Scottish Leaving Certificate Examination, 1959
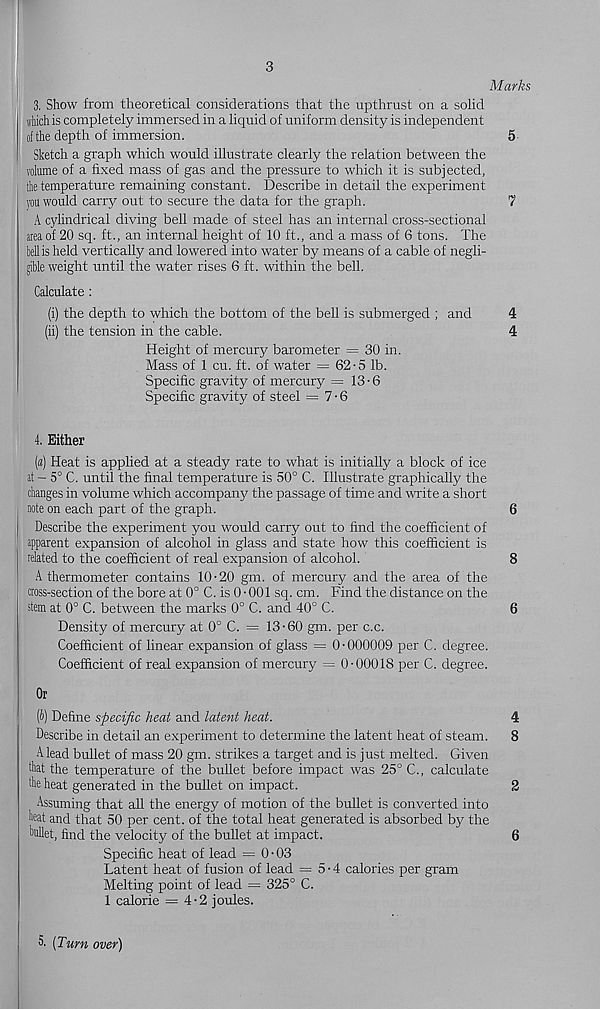
3
Marks
3. Show from theoretical considerations that the upthrust on a solid
which is completely immersed in a liquid of uniform density is independent
of the depth of immersion.
5
Sketch a graph which would illustrate clearly the relation between the
volume of a fixed mass of gas and the pressure to which it is subjected,
the temperature remaining constant. Describe in detail the experiment
you would carry out to secure the data for the graph.
7
A cylindrical diving bell made of steel has an internal cross-sectional
area of 20 sq. ft., an internal height of 10 ft., and a mass of 6 tons. The
bell is held vertically and lowered into water by means of a cable of negli-
gible weight until the water rises 6 ft. within the bell.
Calculate:
(i) the depth to which the bottom of the bell is submerged ; and
(ii) the tension in the cable.
Height of mercury barometer = 30 in.
Mass of 1 cu. ft. of water = 62-5 lb.
Specific gravity of mercury =13-6
Specific gravity of steel = 7-6
4. Either
(a) Heat is applied at a steady rate to what is initially a block of ice
at - 5° C. until the final temperature is 50° C. Illustrate graphically the
changes in volume which accompany the passage of time and write a short
note on each part of the graph.
6
Describe the experiment you would carry out to find the coefficient of
apparent expansion of alcohol in glass and state how this coefficient is
related to the coefficient of real expansion of alcohol.
8
A thermometer contains 10 • 20 gm. of mercury and the area of the
cross-section of the bore at 0° C. is 0 • 001 sq. cm. Find the distance on the
stem at 0° C. between the marks 0° C. and 40° C.
6
Density of mercury at 0° C. = 13-60 gm. per c.c.
Coefficient of linear expansion of glass = 0-000009 per C. degree.
Coefficient of real expansion of mercury = 0-00018 per C. degree.
Or
(i) Define specific heat and latent heat.
4
Describe in detail an experiment to determine the latent heat of steam. 8
A lead bullet of mass 20 gm. strikes a target and is just melted. Given
that the temperature of the bullet before impact was 25° C., calculate
the heat generated in the bullet on impact.
2
_ Assuming that all the energy of motion of the bullet is converted into
heat and that 50 per cent, of the total heat generated is absorbed by the
hullet, find the velocity of the bullet at impact.
6
Specific heat of lead = 0-03
Latent heat of fusion of lead = 5-4 calories per gram
Melting point of lead = 325° C.
1 calorie = 4-2 joules.
5. (Turn over)